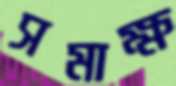
সমাক্ষ